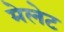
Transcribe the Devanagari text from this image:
मेलेट